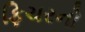
ફિચરનો